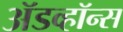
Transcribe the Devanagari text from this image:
ॲडव्हॉन्स